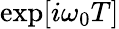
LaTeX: \exp[i\omega_{0}T]